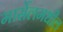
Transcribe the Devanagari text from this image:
मार्सेलमधील